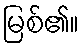
မြစ်၏။